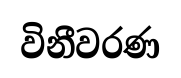
විනීවරණ